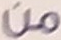
من